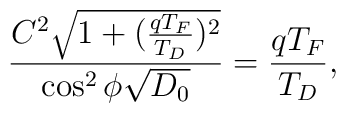
\frac{C^2\sqrt{1 + (\frac{qT_F}{T_D})^2}}{\cos^2\phi \sqrt{D_0}} =\frac{qT_F}{T_D},